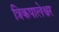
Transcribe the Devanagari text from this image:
त्रिकपालेश्वर